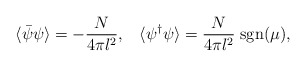
\begin{align*}\langle\bar{\psi}\psi\rangle = -\frac{N}{4\pi l^2},\;\;\; \langle\psi^\dagger \psi\rangle = \frac{N}{4\pi l^2}\;{\rm sgn}(\mu),\end{align*}